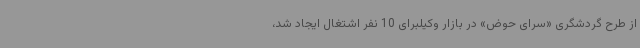
از طرح گردشگری «سرای حوض» در بازار وکیلبرای 10 نفر اشتغال ایجاد شد،